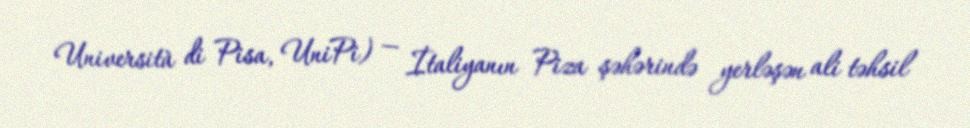
Università di Pisa, UniPi) — İtaliyanın Piza şəhərində yerləşən ali təhsil